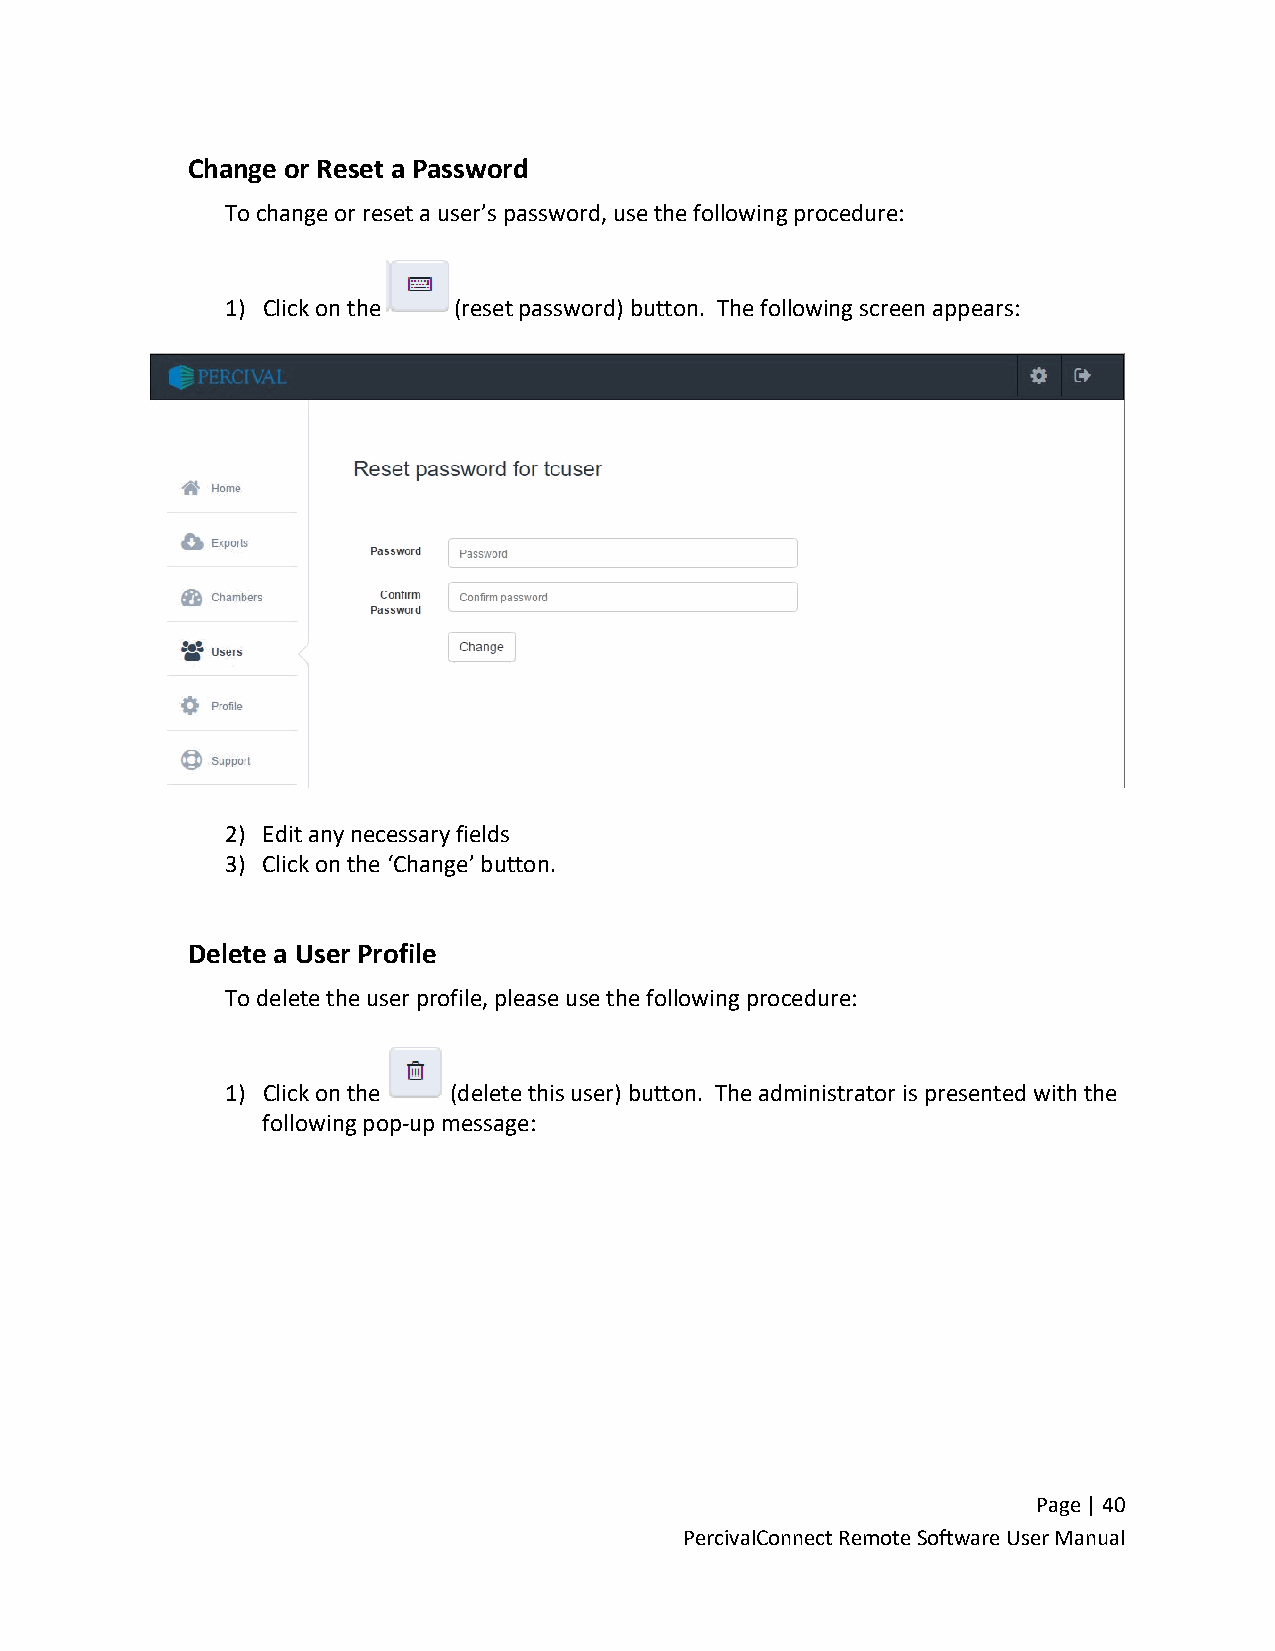
Change or Reset a Password
 To change or reset a user’s password, use the following procedure:
 1) Click on the (reset password) button. The following screen appears:
 2) Edit any necessary fields
 3) Click on the ‘Change’ button.
 Delete a User Profile
 To delete the user profile, please use the following procedure:
 1) Click on the (delete this user) button. The administrator is presented with the
 following pop-up message:
 Page | 40
 PercivalConnect Remote Software User Manual